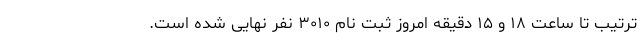
ترتیب تا ساعت ١٨ و ۱۵ دقیقه امروز ثبت نام ٣٠١٠ نفر نهایی شده است.